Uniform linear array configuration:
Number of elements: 48
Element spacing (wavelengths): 0.75
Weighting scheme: hamming
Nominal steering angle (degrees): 0
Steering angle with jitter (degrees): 0.4665
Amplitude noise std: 0.05
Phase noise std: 0.05

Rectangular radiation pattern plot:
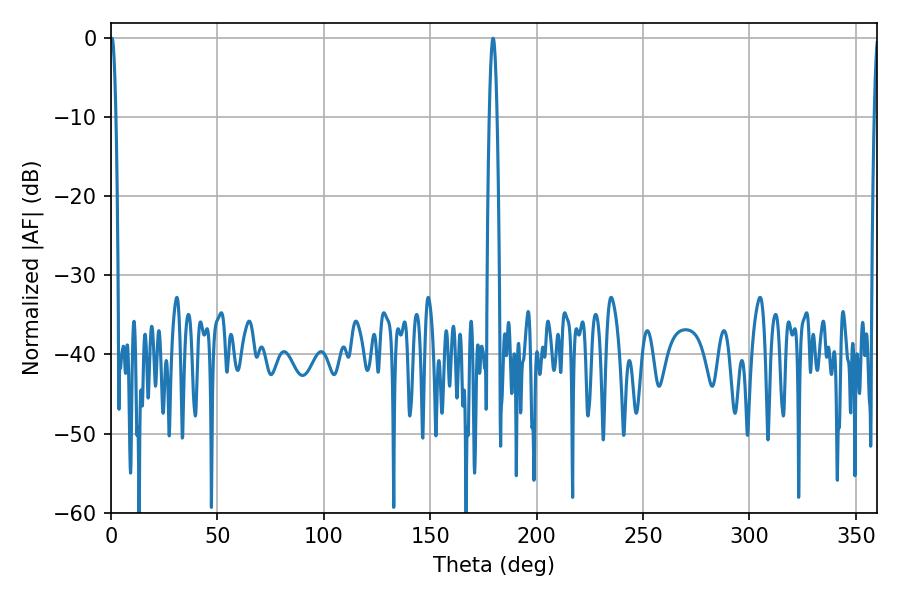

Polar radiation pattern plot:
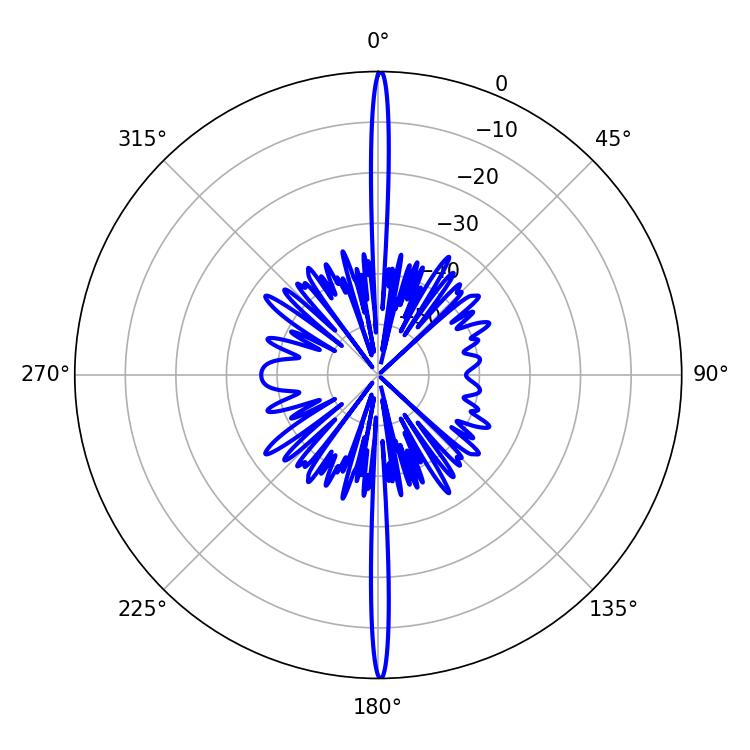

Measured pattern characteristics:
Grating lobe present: TRUE
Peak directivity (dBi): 35.307
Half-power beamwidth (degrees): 1.98
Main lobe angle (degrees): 179.46